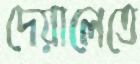
দেয়ালেতে